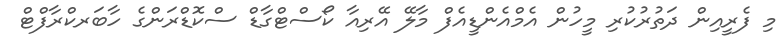
މި ފެރީއިން ދަތުރުކުރި މީހުން އެމްއެންޑީއެފް މާލޭ އޭރިއާ ކޯސްޓްގާޑް ސްކޮޑްރަންގެ ހާބަރކްރާފްޓް